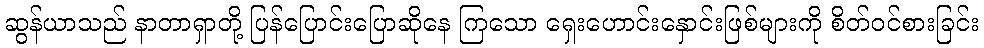
ဆွန်ယာသည် နာတာရှာတို့ ပြန်ပြောင်းပြောဆိုနေ ကြသော ရှေးဟောင်းနှောင်းဖြစ်များကို စိတ်ဝင်စားခြင်း